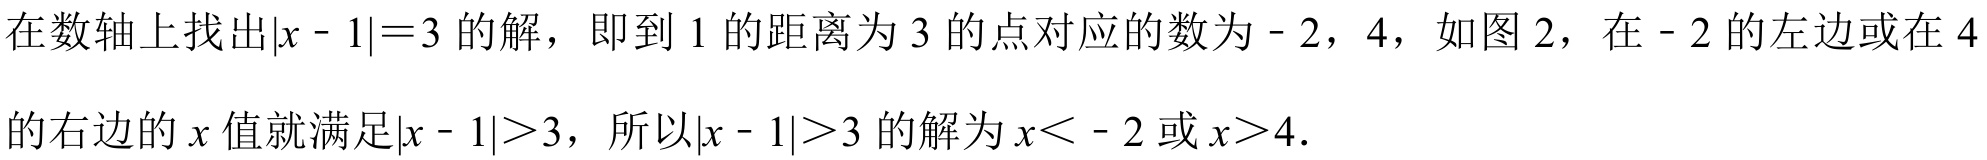
在数轴上找出\(\vert x - 1\vert=3\)的解，即到\(1\)的距离为\(3\)的点对应的数为\(-2\)，\(4\)，如图\(2\)，在\(-2\)的左边或在\(4\)
的右边的\(x\)值就满足\(\vert x - 1\vert>3\)，所以\(\vert x - 1\vert>3\)的解为\(x < - 2\)或\(x>4\)．